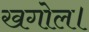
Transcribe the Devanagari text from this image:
खगोल।